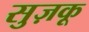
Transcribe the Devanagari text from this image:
सुज़कू